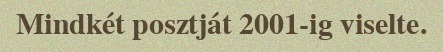
Mindkét posztját 2001-ig viselte.